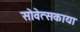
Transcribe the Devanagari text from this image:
सोवेत्सकाया